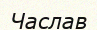
Часлав